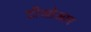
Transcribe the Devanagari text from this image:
टीओआर